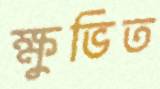
ক্ষুভিত